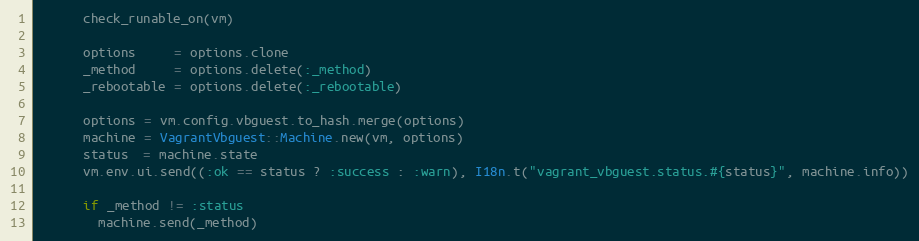
Language: Ruby
      check_runable_on(vm)

      options     = options.clone
      _method     = options.delete(:_method)
      _rebootable = options.delete(:_rebootable)

      options = vm.config.vbguest.to_hash.merge(options)
      machine = VagrantVbguest::Machine.new(vm, options)
      status  = machine.state
      vm.env.ui.send((:ok == status ? :success : :warn), I18n.t("vagrant_vbguest.status.#{status}", machine.info))

      if _method != :status
        machine.send(_method)